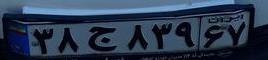
۳۸ج۸۳۹۶۷